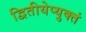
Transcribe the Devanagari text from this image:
द्वितीयेप्युक्तं